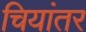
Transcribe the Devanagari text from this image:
चियांतर